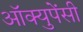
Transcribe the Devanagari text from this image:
अॉक्युपेंसी